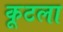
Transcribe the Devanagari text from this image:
कूटला